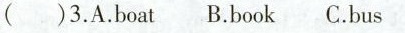
( )3. A. Boat B. book C. bus